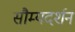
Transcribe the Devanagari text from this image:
सौम्यदर्शन